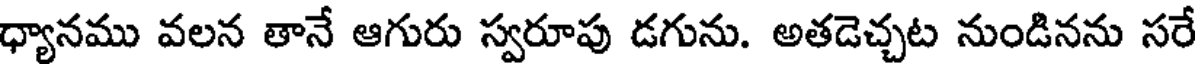
ధ్యానము వలన తానే ఆగురు స్వరూపు డగును. అతడెచ్చట నుండినను సరే